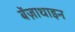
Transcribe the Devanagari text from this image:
बेंज़ाथाइन